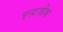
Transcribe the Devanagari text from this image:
इन्द्रजीक